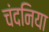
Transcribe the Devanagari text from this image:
चंदनिया